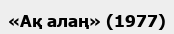
«Ақ алаң» (1977)